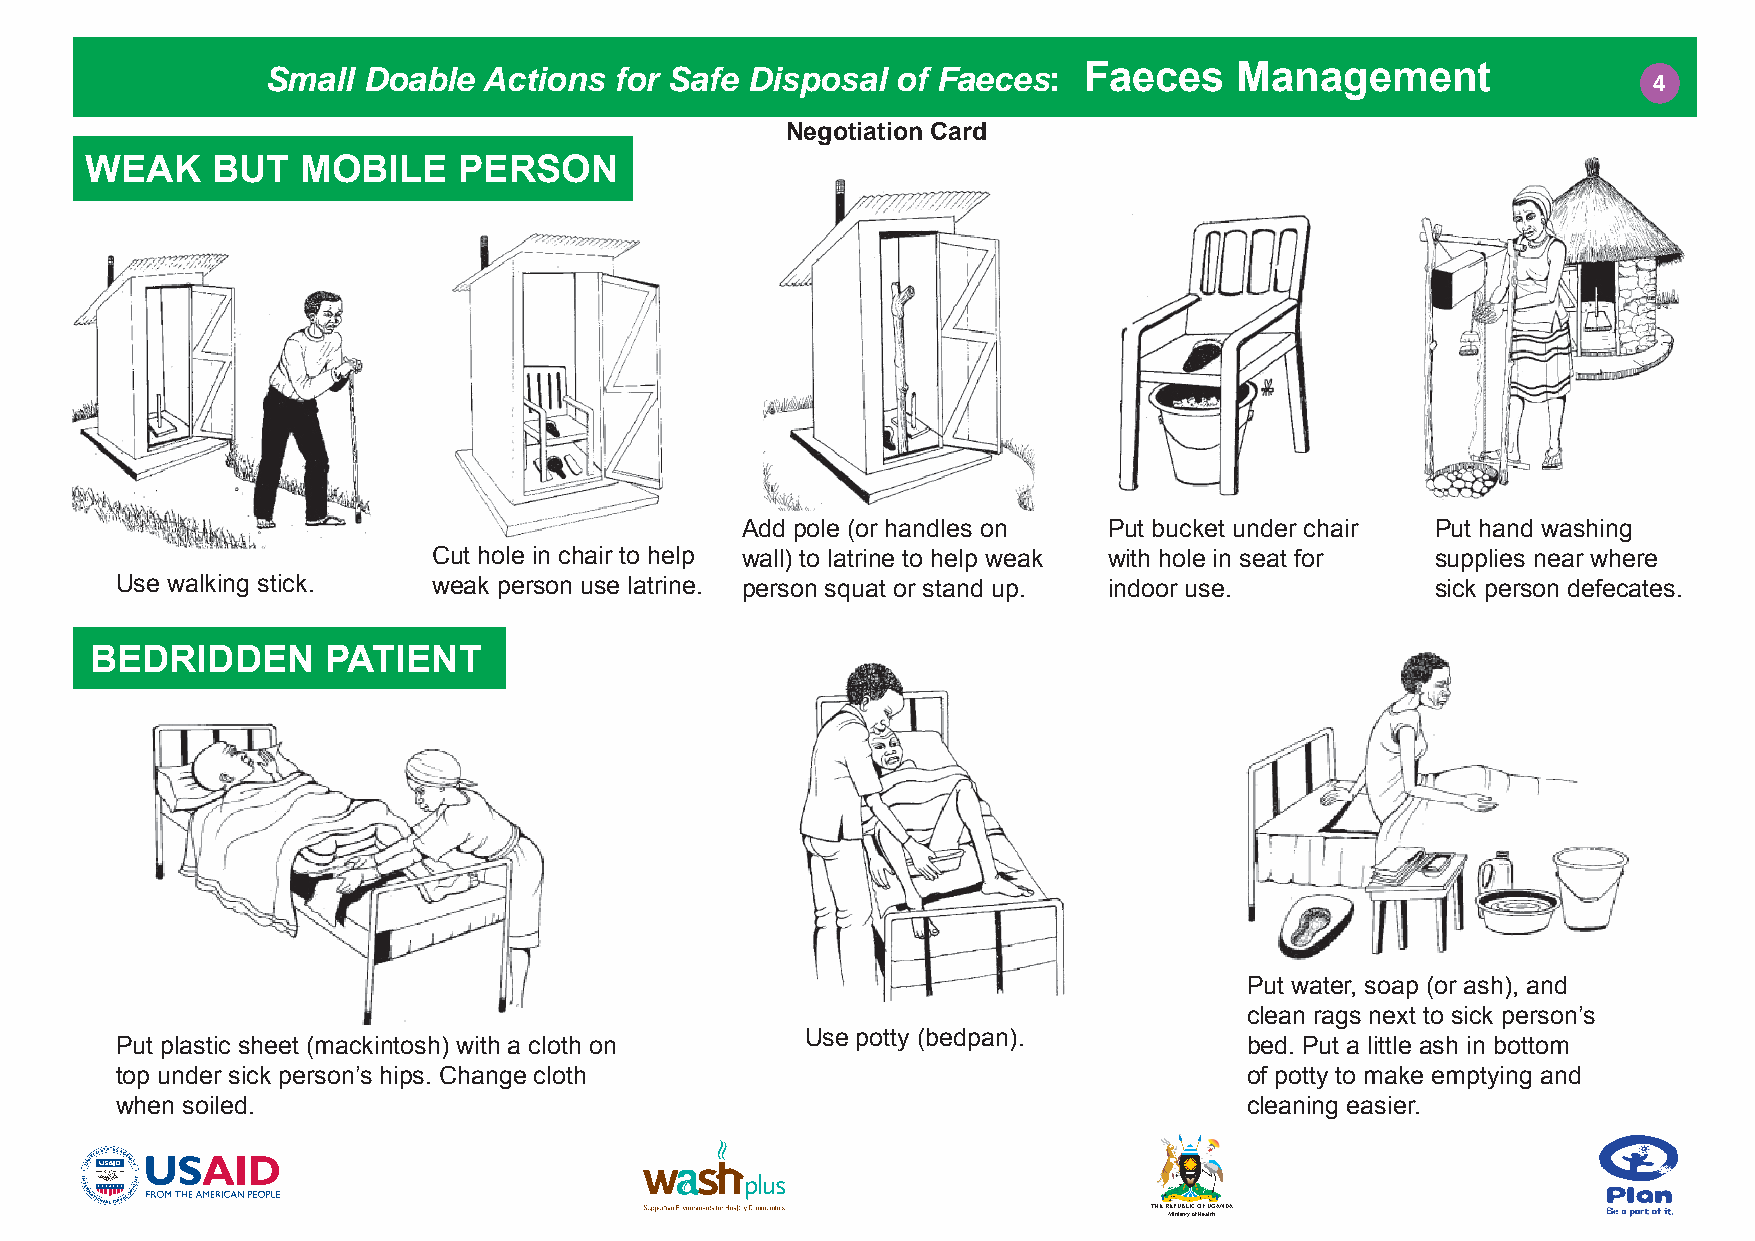
Faeces    Management
 Small Doable  Actions  for Safe Disposal of Faeces:
 4
 Negotiation Card
 WEAK    BUT   MOBILE    PERSON
 Add pole (or handles on Put bucket under chair Put hand washing
 Cut hole in chair to help wall) to latrine to help weak with hole in seat for supplies near where
 Use walking stick.   weak person use latrine. person squat or stand up. indoor use.    sick person defecates.
 BEDRIDDEN       PATIENT
 Put water, soap (or ash), and
 clean rags next to sick person’s
 Use potty (bedpan).
 Put plastic sheet (mackintosh) with a cloth on                             bed. Put a little ash in bottom
 top under sick person’s hips. Change cloth                                 of potty to make emptying and
 when soiled.                                                               cleaning easier.
 THE REPUBLIC OF UGANDA
 Ministry of Health